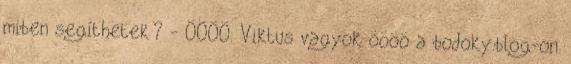
miben segíthetek? - ÖÖÖÖ. Viktus vagyok öööö a bodoky.blog-on